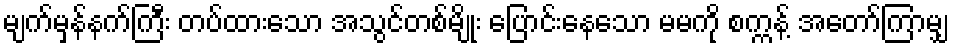
မျက်မှန်နက်ကြီး တပ်ထားသော အသွင်တစ်မျိုး ပြောင်းနေသော မမကို စက္ကန့် အတော်ကြာမျှ